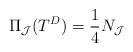
LaTeX: \begin{align*}\Pi_{\mathcal J} (T^{D}) = \frac{1}{4} N_{\mathcal J}\end{align*}